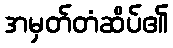
အမှတ်တံဆိပ်၏